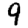
Digit: 9